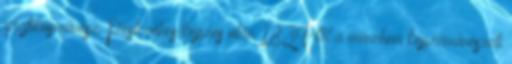
grafikusművész. Pesti céhes képzés után 1839-től a müncheni képzőművészeti